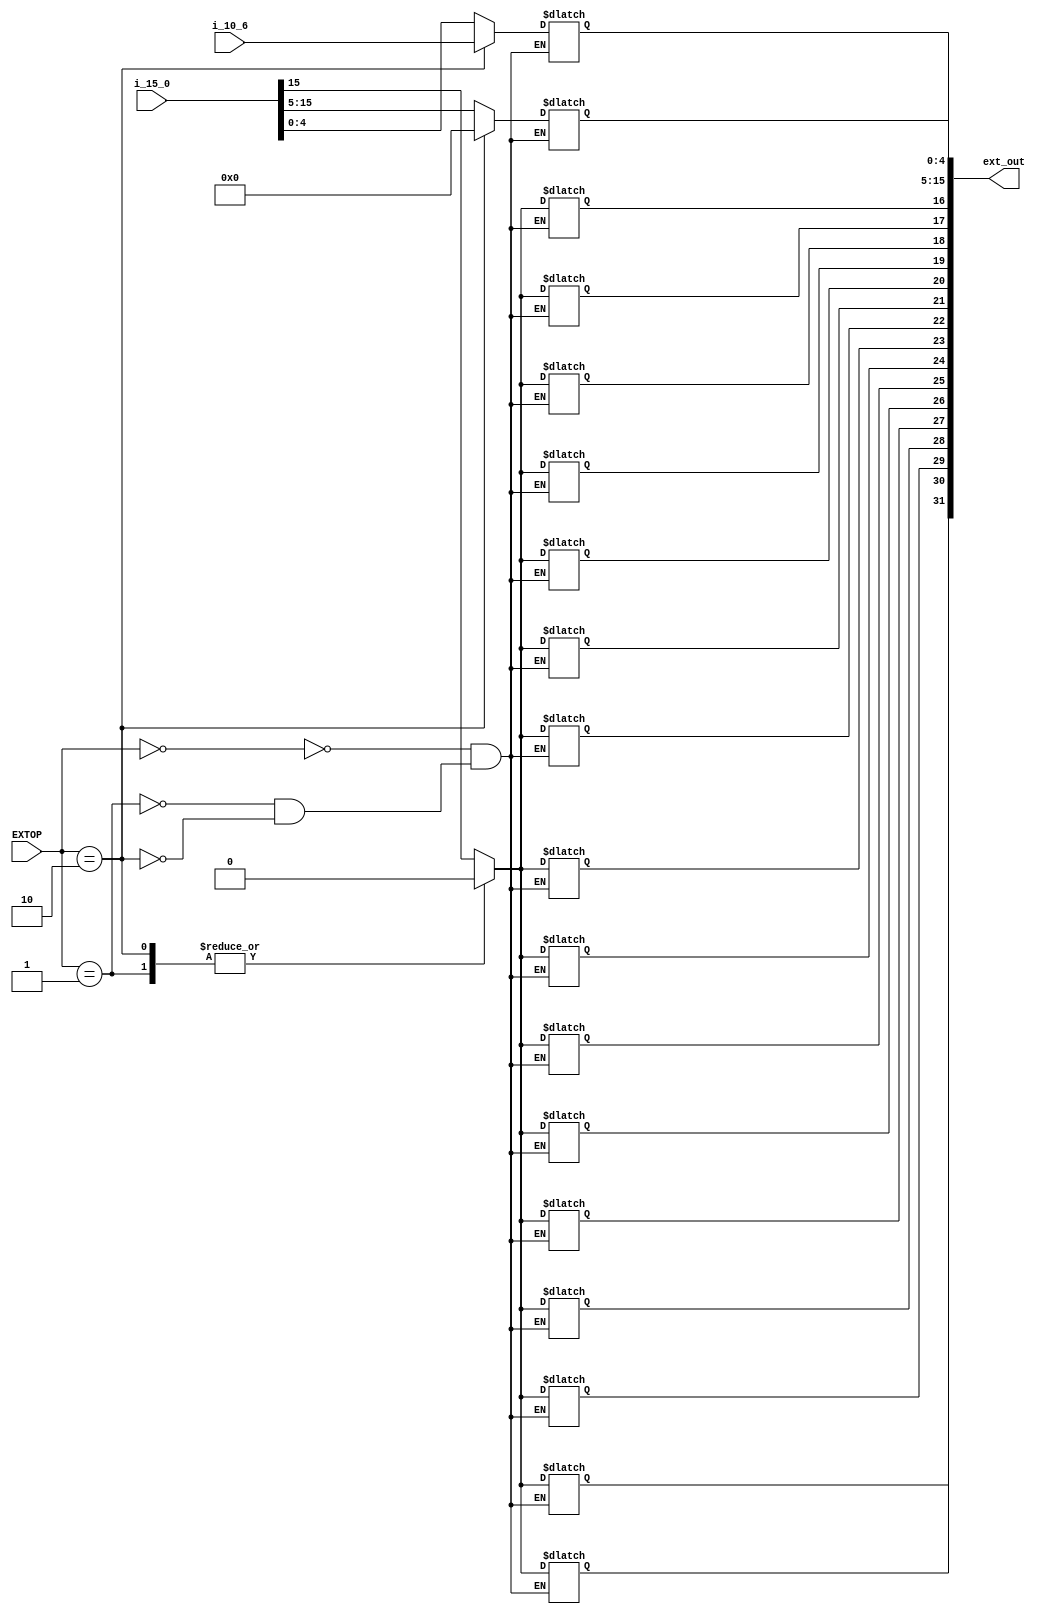
`timescale 1ns / 1ps

module EXT(i_15_0,i_10_6,ext_out,EXTOP);
    input [15:0] i_15_0;
    input [4:0] i_10_6;
    input [1:0] EXTOP;
    output reg [31:0] ext_out;

    integer i;

    always @(*) begin
        case(EXTOP)
            2'b00:begin//sign extend
                for (i = 16; i < 32; i = i + 1)
                    ext_out[i] = i_15_0[15];
                ext_out[15:0] <= i_15_0;
            end
            2'b01:begin//0 extend
                ext_out[31:16] <= 0;
                ext_out[15:0] <= i_15_0;
            end
            2'b10:begin//0 extend
                ext_out[31:5] <= 0;
                ext_out[4:0] <= i_10_6;
            end
        endcase
    end
endmodule